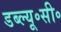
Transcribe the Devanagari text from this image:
डब्ल्यू॰सी॰